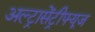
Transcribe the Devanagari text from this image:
अल्ट्रासेंट्रीफ्यूज